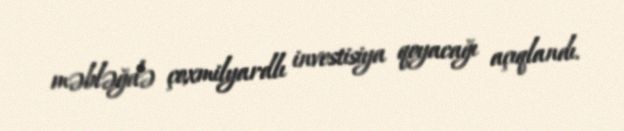
məbləğdə çoxmilyardlı investisiya qoyacağı açıqlandı.